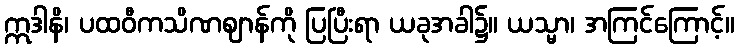
ဣဒါနိ၊ ပထဝီကသိဏဈာန်ကို ပြပြီးရာ ယခုအခါ၌။ ယသ္မာ၊ အကြင်ကြောင့်။